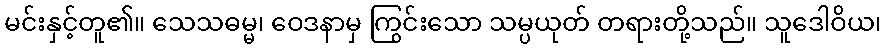
မင်းနှင့်တူ၏။ သေသဓမ္မ၊ ဝေဒနာမှ ကြွင်းသော သမ္ပယုတ် တရားတို့သည်။ သူဒေါဝိယ၊